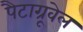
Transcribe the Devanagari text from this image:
पैटाग्रूवेल